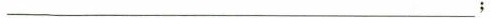
________________________；